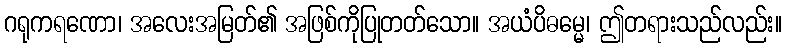
ဂရုကရဏော၊ အလေးအမြတ်၏ အဖြစ်ကိုပြုတတ်သော။ အယံပိဓမ္မေ၊ ဤတရားသည်လည်း။